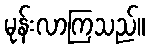
မုန်းလာကြသည်။